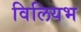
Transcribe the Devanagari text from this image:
विलियभ